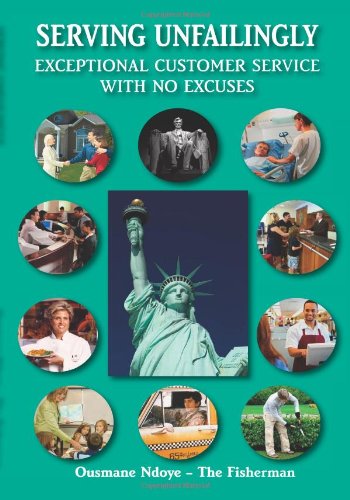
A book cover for Serving Unfailingly: Exceptional Customer Service with NO Excuses; Ousmane Ndoye; Business & Money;